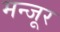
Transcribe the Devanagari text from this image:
मन्जूर